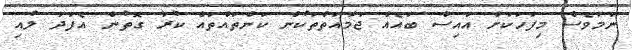
ނަމަވެސް މިފަހަކަށް އައިސް ބައެއް ޖަމާއަތްތަކުން ކަންތައްތައް ކުރާ ގޮތުން އެފަދަ ލުއި